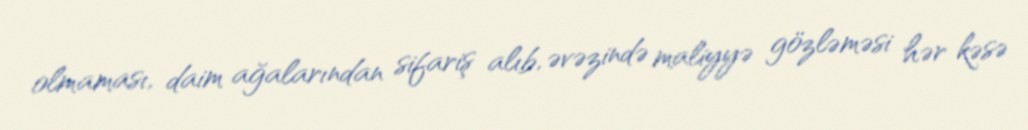
olmaması, daim ağalarından sifariş alıb, əvəzində maliyyə gözləməsi hər kəsə